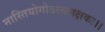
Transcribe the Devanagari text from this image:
नास्तियोगोऽस्वलक्षकः।।